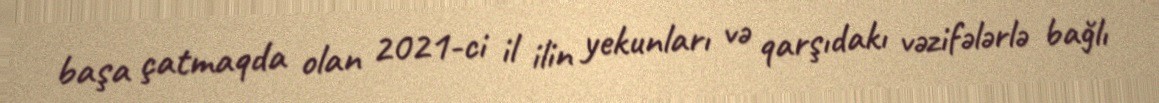
başa çatmaqda olan 2021-ci il ilin yekunları və qarşıdakı vəzifələrlə bağlı